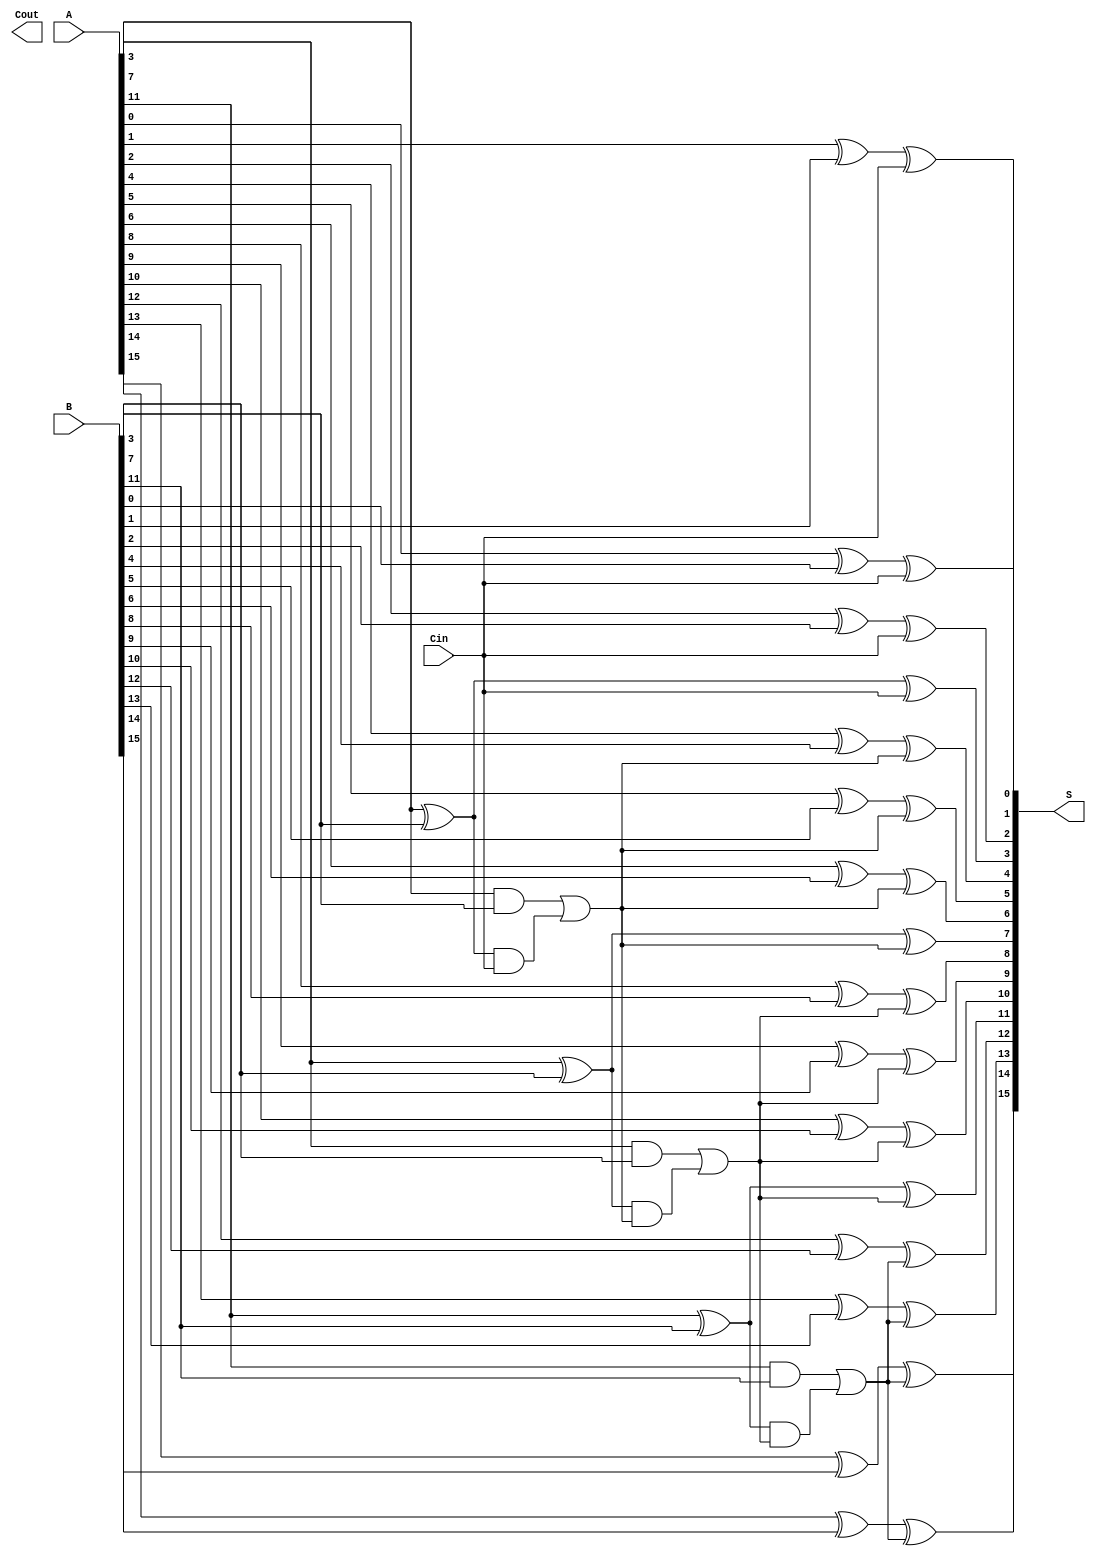
module han_carlson_adder #(
    parameter n = 16,            // Total number of bits
    parameter SEGMENT_SIZE = 4   // Size of each segment
) (
    input [n-1:0] A,            // First input number
    input [n-1:0] B,            // Second input number
    input Cin,                  // Carry-in
    output [n-1:0] S,           // Sum output
    output Cout                 // Carry-out
);

    localparam NUM_SEGMENTS = n / SEGMENT_SIZE;

    // Internal signals for sum and carry
    wire [SEGMENT_SIZE-1:0] P [0:NUM_SEGMENTS-1]; // Propagate signals
    wire [SEGMENT_SIZE-1:0] G [0:NUM_SEGMENTS-1]; // Generate signals
    wire [NUM_SEGMENTS:0] C; // Carry signals for each segment

    // Generate propagate and generate signals for each segment
    genvar i, j;
    generate
        for (i = 0; i < NUM_SEGMENTS; i = i + 1) begin : segment
            for (j = 0; j < SEGMENT_SIZE; j = j + 1) begin : bit
                assign P[i][j] = A[i*SEGMENT_SIZE + j] ^ B[i*SEGMENT_SIZE + j]; // Propagate
                assign G[i][j] = A[i*SEGMENT_SIZE + j] & B[i*SEGMENT_SIZE + j]; // Generate
            end

            // Compute carry-out for each segment
            if (i == 0) begin
                assign C[i] = Cin; // First segment uses Cin
            end else begin
                assign C[i] = G[i-1][SEGMENT_SIZE-1] | (P[i-1][SEGMENT_SIZE-1] & C[i-1]);
            end
            
        end
    endgenerate

    // Compute sum bits for each segment
    generate
        for (i = 0; i < NUM_SEGMENTS; i = i + 1) begin : sum_segment
            for (j = 0; j < SEGMENT_SIZE; j = j + 1) begin : sum_bit
                assign S[i*SEGMENT_SIZE + j] = P[i][j] ^ C[i]; // Sum
            end
        end
    endgenerate

    // Final carry-out
    assign Cout = C[NUM_SEGMENTS];

endmodule